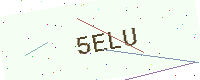
Text: 5ELU